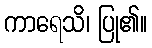
ကာရေသိ၊ ပြု၏။